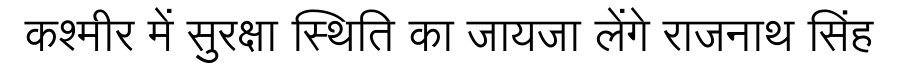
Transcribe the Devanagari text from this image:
कश्मीर में सुरक्षा स्थिति का जायजा लेंगे राजनाथ सिंह